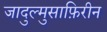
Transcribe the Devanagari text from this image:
जादुल्मुसाफ़िरीन